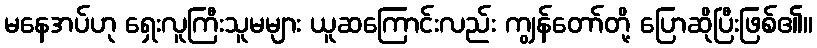
မနေအပ်ဟု ရှေးလူကြီးသူမများ ယူဆကြောင်းလည်း ကျွန်တော်တို့ ပြောဆိုပြီးဖြစ်၏။